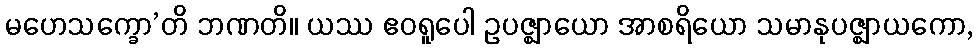
မဟေသက္ခော’တိ ဘဏတိ။ ယဿ ဧဝရူပေါ ဥပဇ္ဈာယော အာစရိယော သမာနုပဇ္ဈာယကော,